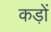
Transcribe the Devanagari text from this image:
कड़ों